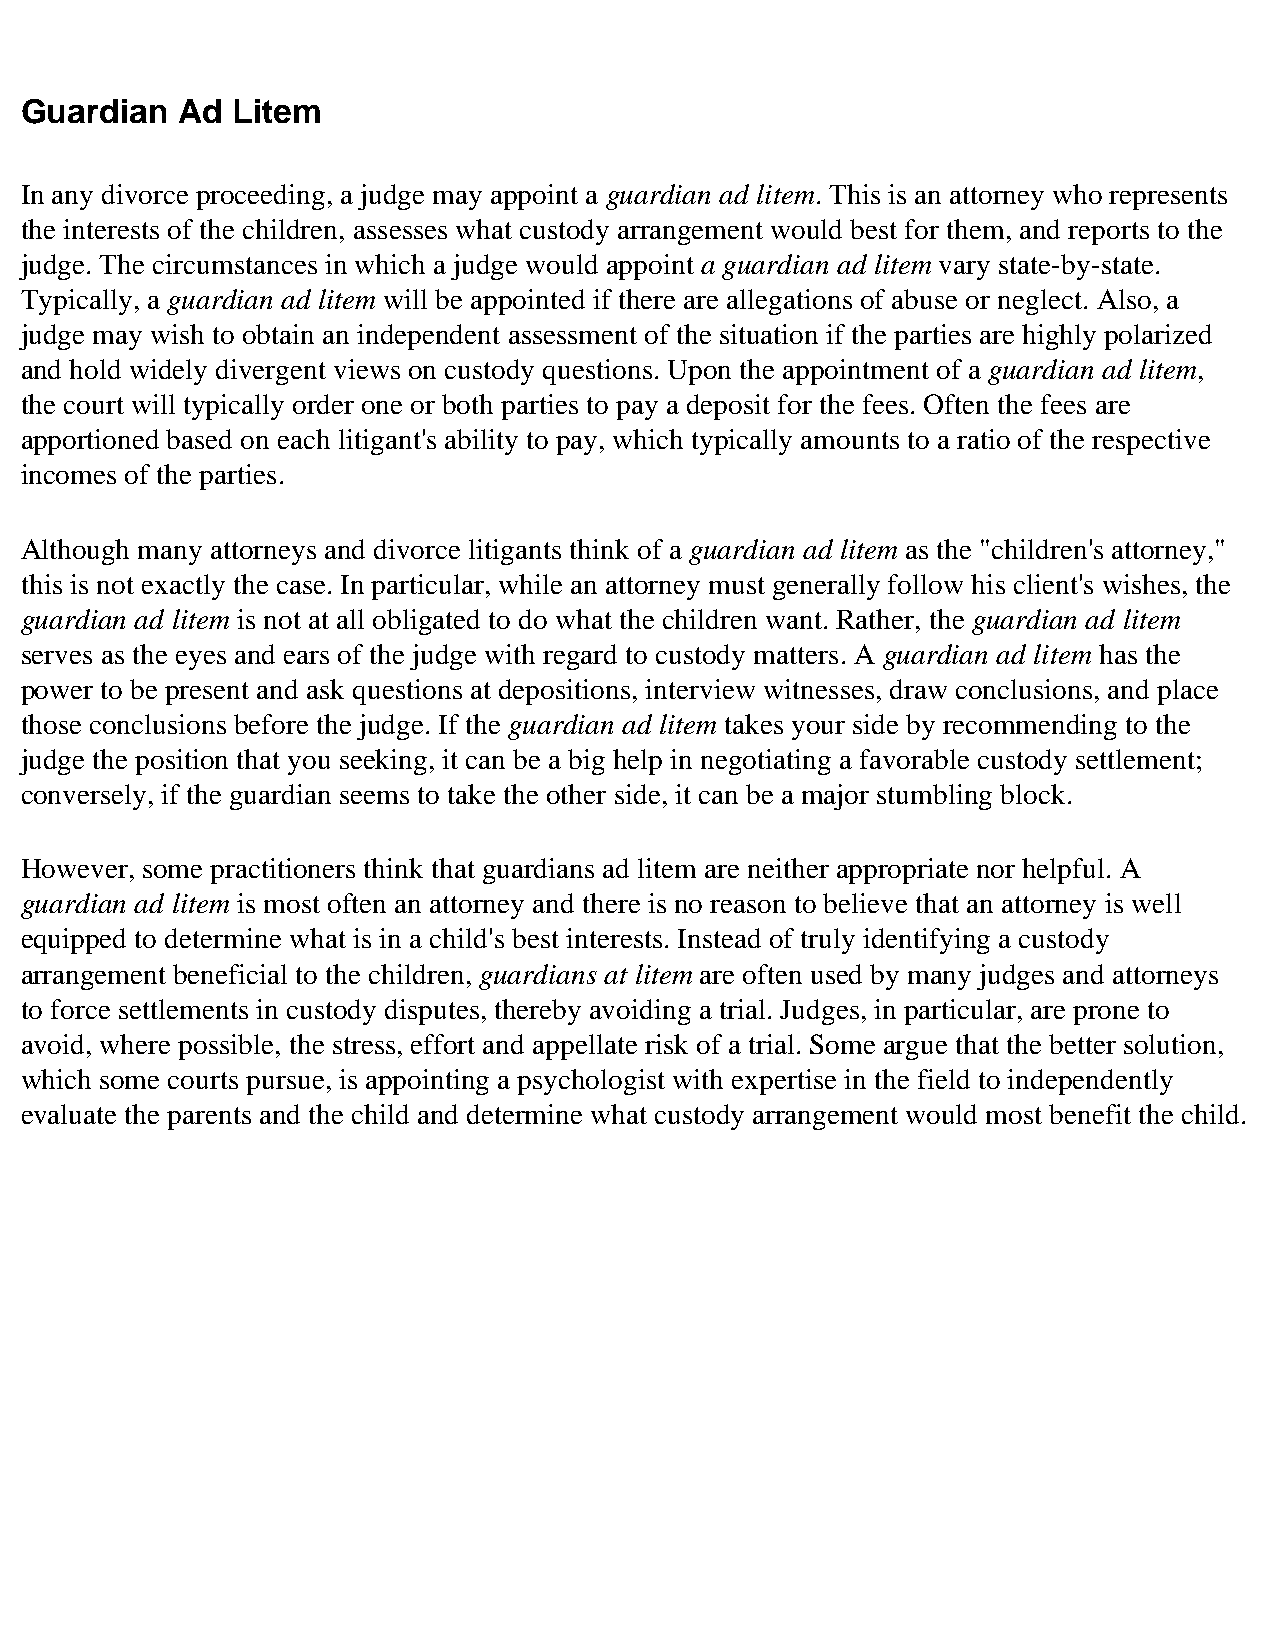
Guardian   Ad Litem
 In any divorce proceeding, a judge may appoint a guardian ad litem. This is an attorney who represents
 the interests of the children, assesses what custody arrangement would best for them, and reports to the
 judge. The circumstances in which a judge would appoint a guardian ad litem vary state-by-state.
 Typically, a guardian ad litem will be appointed if there are allegations of abuse or neglect. Also, a
 judge may wish to obtain an independent assessment of the situation if the parties are highly polarized
 and hold widely divergent views on custody questions. Upon the appointment of a guardian ad litem,
 the court will typically order one or both parties to pay a deposit for the fees. Often the fees are
 apportioned based on each litigant's ability to pay, which typically amounts to a ratio of the respective
 incomes of the parties.
 Although many attorneys and divorce litigants think of a guardian ad litem as the "children's attorney,"
 this is not exactly the case. In particular, while an attorney must generally follow his client's wishes, the
 guardian ad litem is not at all obligated to do what the children want. Rather, the guardian ad litem
 serves as the eyes and ears of the judge with regard to custody matters. A guardian ad litem has the
 power to be present and ask questions at depositions, interview witnesses, draw conclusions, and place
 those conclusions before the judge. If the guardian ad litem takes your side by recommending to the
 judge the position that you seeking, it can be a big help in negotiating a favorable custody settlement;
 conversely, if the guardian seems to take the other side, it can be a major stumbling block.
 However, some practitioners think that guardians ad litem are neither appropriate nor helpful. A
 guardian ad litem is most often an attorney and there is no reason to believe that an attorney is well
 equipped to determine what is in a child's best interests. Instead of truly identifying a custody
 arrangement beneficial to the children, guardians at litem are often used by many judges and attorneys
 to force settlements in custody disputes, thereby avoiding a trial. Judges, in particular, are prone to
 avoid, where possible, the stress, effort and appellate risk of a trial. Some argue that the better solution,
 which some courts pursue, is appointing a psychologist with expertise in the field to independently
 evaluate the parents and the child and determine what custody arrangement would most benefit the child.